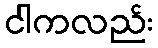
ငါကလည်း